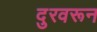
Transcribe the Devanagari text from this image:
दुरवरून